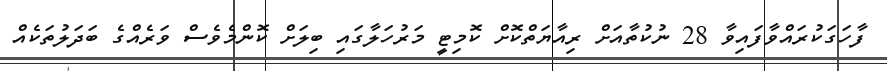
ފާހަގަކުރައްވާފައިވާ 28 ނުކުތާއަށް ރިއާޔަތްކޮށް ކޮމިޓީ މަރުހަލާގައި ބިލަށް ކޮންމެވެސް ވަރެއްގެ ބަދަލުތަކެއް